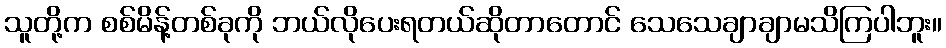
သူတို့က စစ်မိန့်တစ်ခုကို ဘယ်လိုပေးရတယ်ဆိုတာတောင် သေသေချာချာမသိကြပါဘူး။